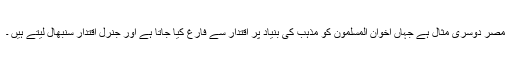
مصر دوسری مثال ہے جہاں اخوان المسلمون کو مذہب کی بنیاد پر اقتدار سے فارغ کیا جاتا ہے اور جنرل اقتدار سنبھال لیتے ہیں ۔